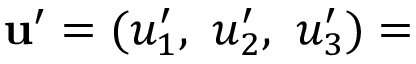
\mathbf { u ^ { \prime } } = ( u _ { 1 } ^ { \prime } , \ u _ { 2 } ^ { \prime } , \ u _ { 3 } ^ { \prime } ) =